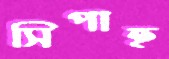
সিপাহ